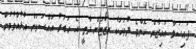
ފައިސަލް އައިޒާން ކޮންމެ ދުވަހަކު ރިޒޯޓަށް ދާތީ އެ ޚަބަރު އައްސަވަން އުޅުއްވުމުން